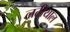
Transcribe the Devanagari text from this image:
लटीयाल